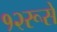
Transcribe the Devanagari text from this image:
१२रूसें